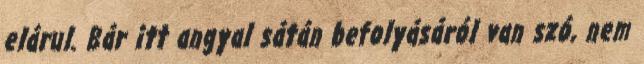
elárul. Bár itt angyal sátán befolyásáról van szó, nem